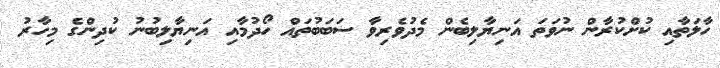
ހާލަތާއި ކުށްކުރާން ނުވަތަ އަނިޔާލިބެން މެދުވެރިވާ ސަބަބުތައް ހޯދުމާއި އަނިޔާލިބުނު ކުދިންގެ މިހާރު